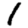
Digit: 1